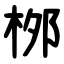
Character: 桞